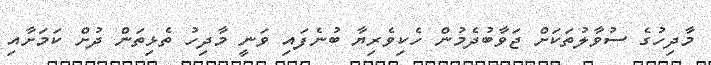
މާދިހުގެ ސުވާލުތަކަށް ޖަވާބުދެމުން ހެކިވެރިޔާ ބުނެފައި ވަނީ މާދިހު ތެޅިތަން ދުށް ކަމަށާއި